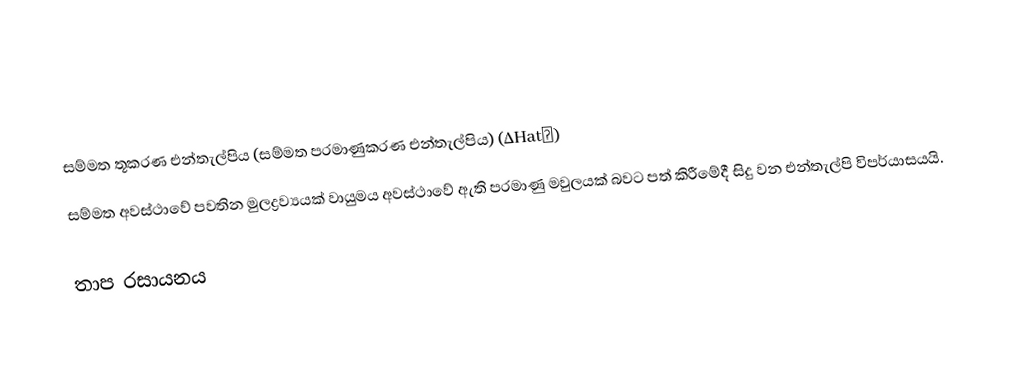

සම්මත තූකරණ එන්තැල්පිය (සම්මත පරමාණුකරණ එන්තැල්පිය) (∆Hat∅)
සම්මත අවස්ථාවේ  පවතින මුලද්‍රව්‍යයක් වායුමය අවස්ථාවේ  ඇති පරමාණු මවුලයක් බවට පත් කිරීමේදී සිදු වන එන්තැල්පි විපර්යාසයයි.

තාප රසායනය